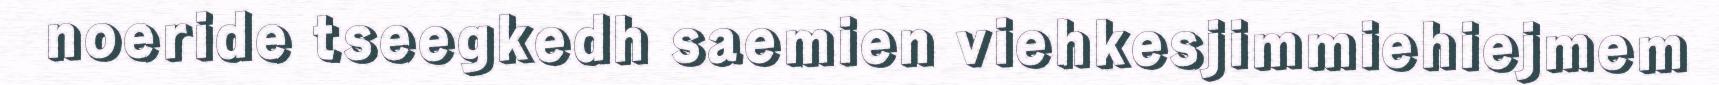
noeride tseegkedh saemien viehkesjimmiehiejmem